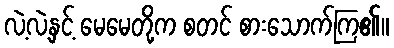
လဲ့လဲ့နှင့် မေမေတို့က စတင် စားသောက်ကြ၏။